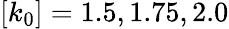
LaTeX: [k_{0}]=1.5,1.75,2.0